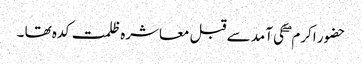
حضور اکرم ۖ کی آمد سے قبل معاشرہ ظلمت کدہ تھا ۔